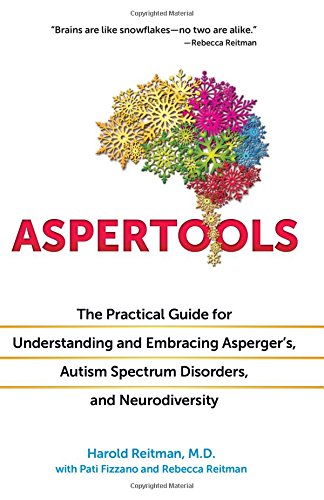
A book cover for Aspertools: The Practical Guide for Understanding and Embracing Asperger's, Autism Spectrum Disorders, and Neurodiversity; Harold Reitman; Parenting & Relationships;